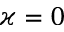
\varkappa = 0